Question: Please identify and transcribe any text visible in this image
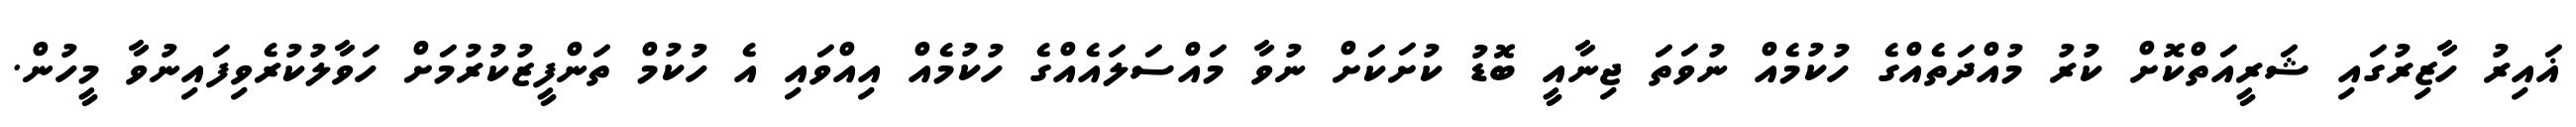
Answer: ޣައިރު ހާޒިރުގައި ޝަރީއަތްކޮށް ކުރު މުއްދަތެއްގެ ހުކުމެއް ނުވަތަ ޖިނާއީ ބޮޑު ކުށަކަށް ނުވާ މައްސަލައެއްގެ ހުކުމެއް އިއްވައި އެ ހުކުމް ތަންފީޒުކުރުމަށް ހަވާލުކުރެވިފައިނުވާ މީހުން.